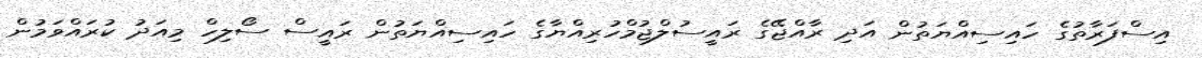
އިސްފަރާތުގެ ހައިސިއްޔަތުން އަދި ރާއްޖޭގެ ރައީސުލްޖުމްހުރިއްޔާގެ ހައިސިއްޔަތުން ރައީސް ސޯލިހް މިއަދު ކުރައްވަމުން